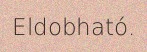
Eldobható.